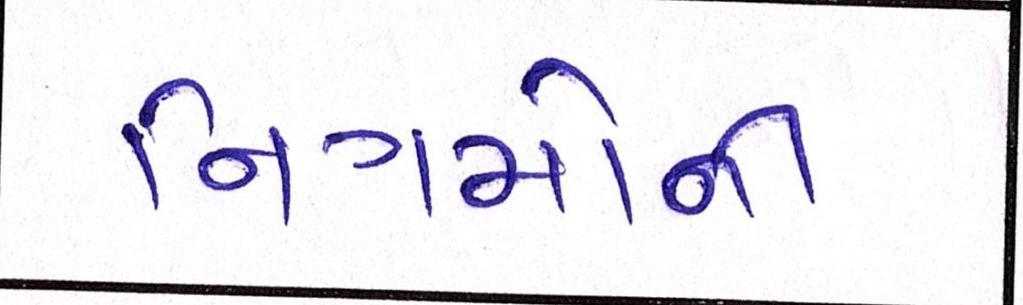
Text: નિગમોની